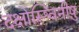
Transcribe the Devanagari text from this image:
दक्षोस्श्विनीषु